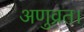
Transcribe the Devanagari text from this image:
अणुव्रत।